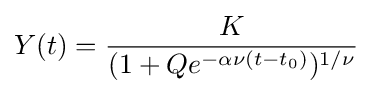
Y(t)={K \over (1+Qe^{-\alpha \nu (t-t_{0})})^{1/\nu }}